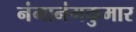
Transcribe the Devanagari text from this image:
नंगानंगकुमार